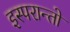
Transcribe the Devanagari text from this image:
इस्परान्तो